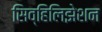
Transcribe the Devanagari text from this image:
सिव्हिलिझेशन